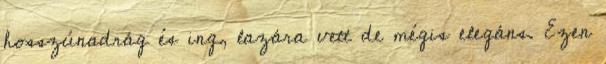
hosszúnadrág és ing, lazára vett de mégis elegáns. Ezen